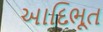
આદિભૂત